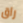
راق